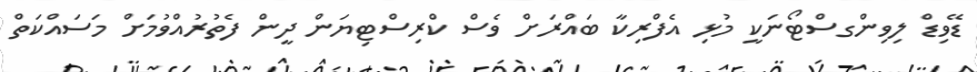
ޑޭވިޑް ލިވިންގސްޓޯނަކީ މުޅި އެފްރިކާ ބައްރަށް ވެސް ކްރިސްޓިޔަން ދީން ފެތުރުއްވުމަށް މަސައްކަތް